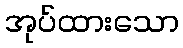
အုပ်ထားသော